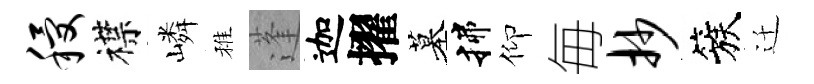
稷襟嶙稚蓬迦擢墓揲仰毎抄簇迁